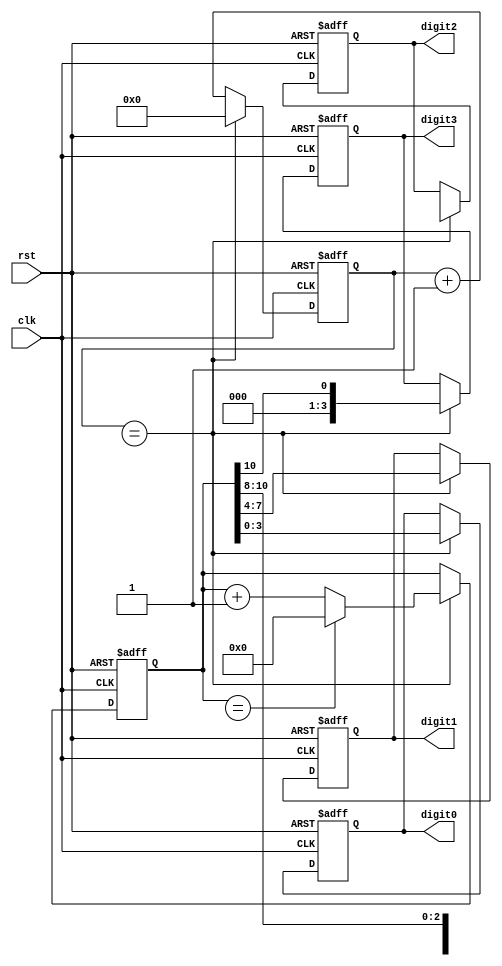
module binary_clock_divider (
    input clk,
    input rst,
    output reg [3:0] digit0,
    output reg [3:0] digit1,
    output reg [3:0] digit2,
    output reg [3:0] digit3
);

reg [10:0] time_count;
reg [3:0] count;

always @(posedge clk or posedge rst) begin
    if (rst) begin
        time_count <= 0;
        count <= 0;
        digit0 <= 0;
        digit1 <= 0;
        digit2 <= 0;
        digit3 <= 0;
    end else begin
        count <= count + 1;
        
        if (count == CLOCK_DIVISION_RATIO) begin
            count <= 0;
            
            if (time_count == MAX_TIME_VALUE) begin
                time_count <= 0;
            end else begin
                time_count <= time_count + 1;
            end
            
            digit0 <= time_count[3:0];
            digit1 <= time_count[7:4];
            digit2 <= time_count[11:8];
            digit3 <= time_count[10];
        end
    end
end

endmodule